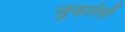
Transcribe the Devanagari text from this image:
जुडलेली